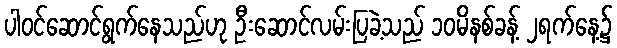
ပါဝင်ဆောင်ရွက်နေသည်ဟု ဦးဆောင်လမ်းပြခဲ့သည် ၁၀မိနစ်ခန့် ၂ရက်နေ့၌